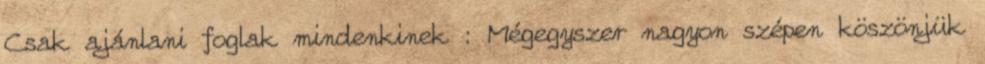
Csak ajánlani foglak mindenkinek : Mégegyszer nagyon szépen köszönjük